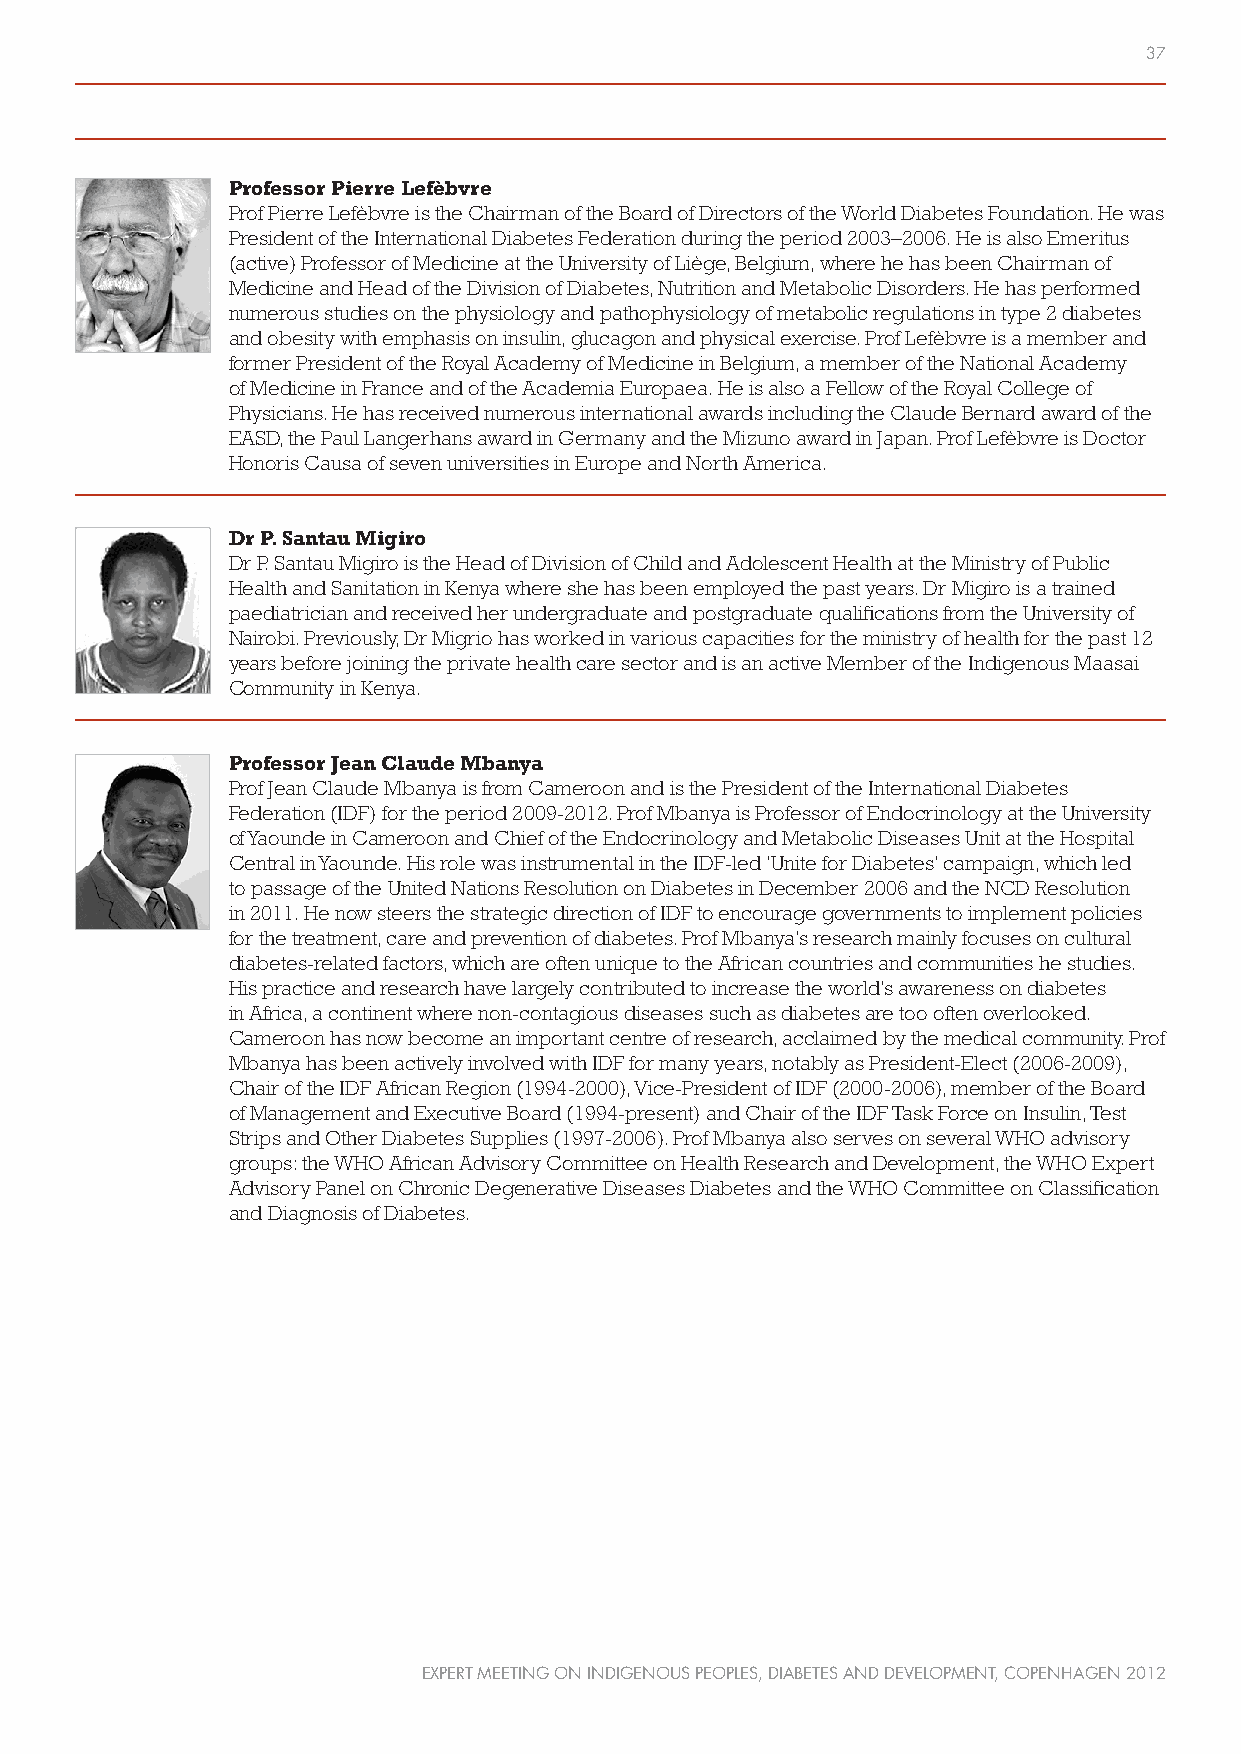
37
 Professor Pierre Lefèbvre
 Prof Pierre Lefèbvre is the Chairman of the Board of Directors of the World Diabetes Foundation. He was
 President of the International Diabetes Federation during the period 2003–2006. He is also Emeritus
 (active) Professor of Medicine at the University of Liège, Belgium, where he has been Chairman of
 Medicine and Head of the Division of Diabetes, Nutrition and Metabolic Disorders. He has performed
 numerous studies on the physiology and pathophysiology of metabolic regulations in type 2 diabetes
 and obesity with emphasis on insulin, glucagon and physical exercise. Prof Lefèbvre is a member and
 former President of the Royal Academy of Medicine in Belgium, a member of the National Academy
 of Medicine in France and of the Academia Europaea. He is also a Fellow of the Royal College of
 Physicians. He has received numerous international awards including the Claude Bernard award of the
 EASD, the Paul Langerhans award in Germany and the Mizuno award in Japan. Prof Lefèbvre is Doctor
 Honoris Causa of seven universities in Europe and North America.
 Dr P. Santau Migiro
 Dr P. Santau Migiro is the Head of Division of Child and Adolescent Health at the Ministry of Public
 Health and Sanitation in Kenya where she has been employed the past years. Dr Migiro is a trained
 paediatrician and received her undergraduate and postgraduate qualifications from the University of
 Nairobi. Previously, Dr Migrio has worked in various capacities for the ministry of health for the past 12
 years before joining the private health care sector and is an active Member of the Indigenous Maasai
 Community in Kenya.
 Professor Jean Claude Mbanya
 Prof Jean Claude Mbanya is from Cameroon and is the President of the International Diabetes
 Federation (IDF) for the period 2009-2012. Prof Mbanya is Professor of Endocrinology at the University
 of Yaounde in Cameroon and Chief of the Endocrinology and Metabolic Diseases Unit at the Hospital
 Central in Yaounde. His role was instrumental in the IDF-led ‘Unite for Diabetes’ campaign, which led
 to passage of the United Nations Resolution on Diabetes in December 2006 and the NCD Resolution
 in 2011. He now steers the strategic direction of IDF to encourage governments to implement policies
 for the treatment, care and prevention of diabetes. Prof Mbanya’s research mainly focuses on cultural
 diabetes-related factors, which are often unique to the African countries and communities he studies.
 His practice and research have largely contributed to increase the world’s awareness on diabetes
 in Africa, a continent where non-contagious diseases such as diabetes are too often overlooked.
 Cameroon has now become an important centre of research, acclaimed by the medical community. Prof
 Mbanya has been actively involved with IDF for many years, notably as President-Elect (2006-2009),
 Chair of the IDF African Region (1994-2000), Vice-President of IDF (2000-2006), member of the Board
 of Management and Executive Board (1994-present) and Chair of the IDF Task Force on Insulin, Test
 Strips and Other Diabetes Supplies (1997-2006). Prof Mbanya also serves on several WHO advisory
 groups: the WHO African Advisory Committee on Health Research and Development, the WHO Expert
 Advisory Panel on Chronic Degenerative Diseases Diabetes and the WHO Committee on Classification
 and Diagnosis of Diabetes.
 EXPERT MEETING ON INDIGENOUS PEOPLES, DIABETES AND DEVELOPMENT, COPENHAGEN 2012